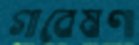
গাবেষণা